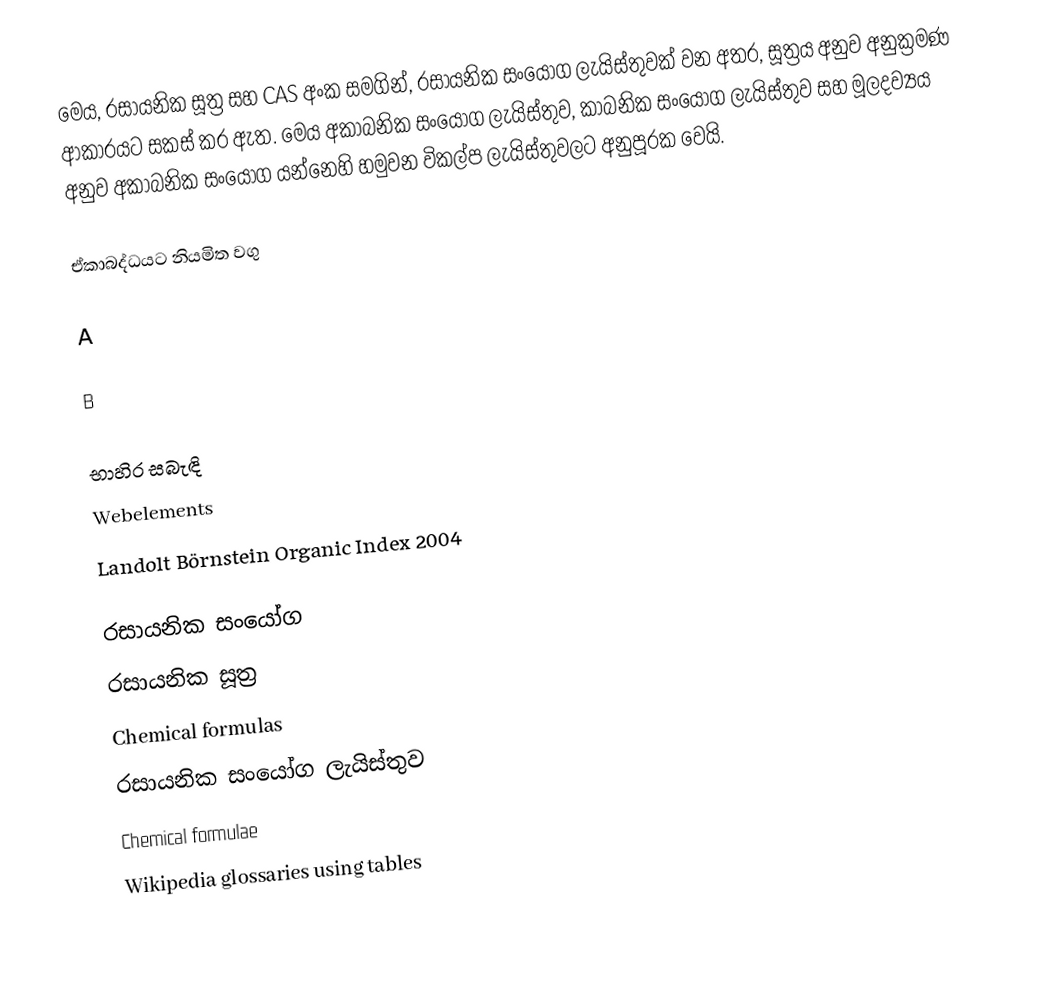
මෙය, රසායනික සූත්‍ර  සහ CAS අංක සමගින්,  රසායනික සංයෝග ලැයිස්තුවක් වන අතර, සූත්‍රය අනුව අනුක්‍රමණ ආකාරයට සකස් කර ඇත.  මෙය  අකාබනික සංයෝග ලැයිස්තුව, කාබනික සංයෝග ලැයිස්තුව සහ මූලදව්‍යය අනුව අකාබනික සංයෝග යන්නෙහි හමුවන විකල්ප ලැයිස්තුවලට අනුපූරක වෙයි.

ඒකාබද්ධයට නියමිත වගු

A

B

භාහිර සබැඳි
Webelements
Landolt Börnstein Organic Index 2004

රසායනික සංයෝග
රසායනික සූත්‍ර
Chemical formulas
රසායනික සංයෝග ලැයිස්තුව
Chemical formulae
Wikipedia glossaries using tables